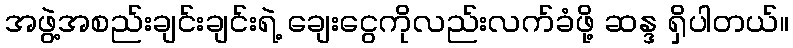
အဖွဲ့အစည်းချင်းချင်းရဲ့ ချေးငွေကိုလည်းလက်ခံဖို့ ဆန္ဒ ရှိပါတယ်။